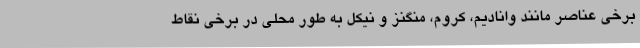
برخی عناصر مانند وانادیم، کروم، منگنز و نیکل به طور محلی در برخی نقاط